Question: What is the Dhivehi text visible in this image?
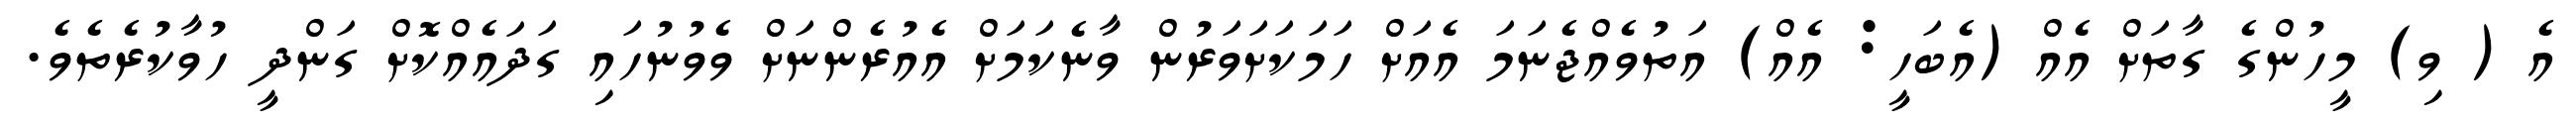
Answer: އެ ( ވި) މީހުންގެ ގާތަށް އެއް (އެބަހީ: އެއް) އަތުވެއްޖެނަމަ އެއަށް ހަމަކަށަވަރުން ވާނެކަމަށް އެއުރެންނަށް ވެވުނުހައި ގަދައެއްކޮށް ގަންދީ ހުވާކުރެތެވެ.